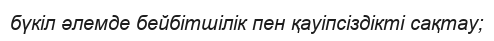
бүкіл әлемде бейбітшілік пен қауіпсіздікті сақтау;